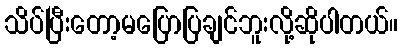
သိပ်ပြီးတော့မပြောပြချင်ဘူးလို့ဆိုပါတယ်။